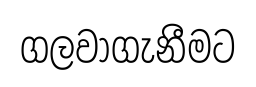
ගලවාගැනීමට